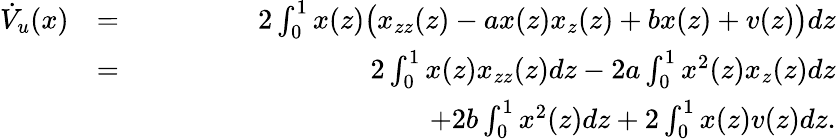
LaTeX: \begin{array}{rlr}{\dot{V}_{u}(x)}&{=}&{2\int_{0}^{1}x(z)\big(x_{zz}(z)-ax(z)x_{z}(z)+bx(z)+v(z)\big)dz}\\ &{=}&{2\int_{0}^{1}x(z)x_{zz}(z)dz-2a\int_{0}^{1}x^{2}(z)x_{z}(z)dz}\\ &{}&{\qquad\qquad\qquad\qquad\qquad+2b\int_{0}^{1}x^{2}(z)dz+2\int_{0}^{1}x(z)v(z)dz.}\end{array}